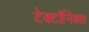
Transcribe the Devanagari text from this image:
टेक्टॉनिक्स